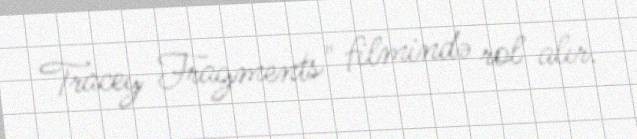
Tracey Fragments" filmində rol alır.